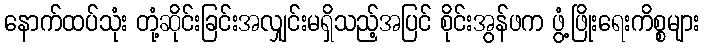
နောက်ထပ်သုံး တုံ့ဆိုင်းခြင်းအလျှင်းမရှိသည့်အပြင် စိုင်းအွန်ဖက ဖွံ့ဖြိုးရေးကိစ္စများ